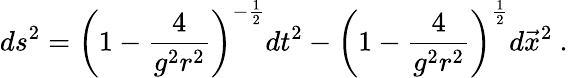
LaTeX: ds^{2}=\left(1-{\frac{4}{g^{2}r^{2}}}\right)^{-{\frac{1}{2}}}dt^{2}-\left(1-{\frac{4}{g^{2}r^{2}}}\right)^{\frac{1}{2}}d\vec{x}^{2}\ .